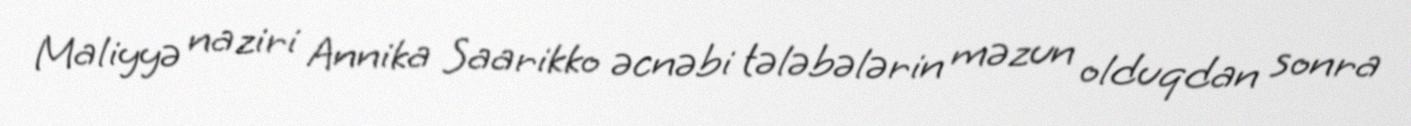
Maliyyə naziri Annika Saarikko əcnəbi tələbələrin məzun olduqdan sonra